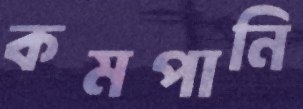
কমপানি